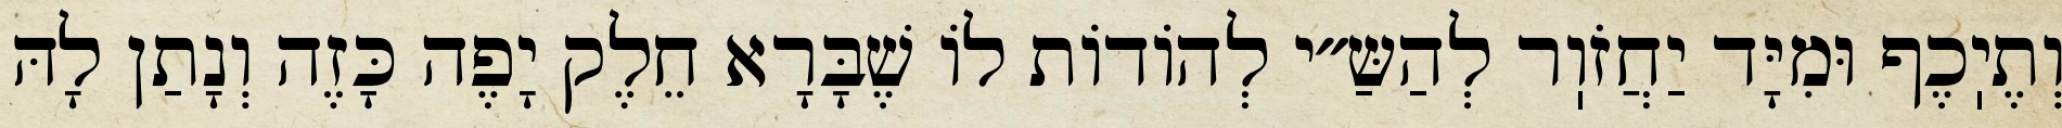
וְתֶיֽכֶף וּמִיָּד יַחֲזֹוֽר לְהַשַּ״י לְהוֹדוֹת לוֹ שֶׁבָּרָא חֵלֶק יָפֶה כָּזֶה וְנָתַן לָהּ